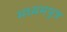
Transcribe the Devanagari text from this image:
मध्यमपुत्र